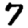
Digit: 7